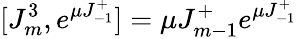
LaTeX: [J_{m}^{3},e^{\mu J_{-1}^{+}}]=\mu J_{m-1}^{+}e^{\mu J_{-1}^{+}}